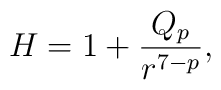
H = 1 + \frac{Q_p}{r^{7 - p}},